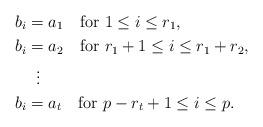
LaTeX: \begin{align*} b_i&=a_1\quad\mbox{for }1\le i\le r_1,\\ b_i&=a_2\quad\mbox{for }r_1+1\le i\le r_1+r_2,\\ &\;\;\vdots\\ b_i&=a_t\quad\mbox{for }p-r_t+1\le i\le p.\end{align*}